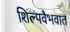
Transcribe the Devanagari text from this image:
शिल्पवैभवात